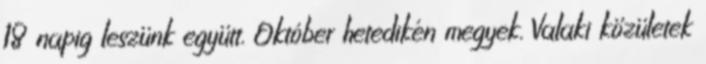
18 napig leszünk együtt. Október hetedikén megyek. Valaki közületek